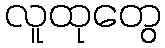
လူထုတွေ